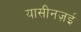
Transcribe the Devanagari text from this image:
यासीनज़ई